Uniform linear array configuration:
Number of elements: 32
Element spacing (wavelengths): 1
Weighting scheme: exponential
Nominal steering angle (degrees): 0
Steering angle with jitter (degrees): -0.01246
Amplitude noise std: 0.05
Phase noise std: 0.05

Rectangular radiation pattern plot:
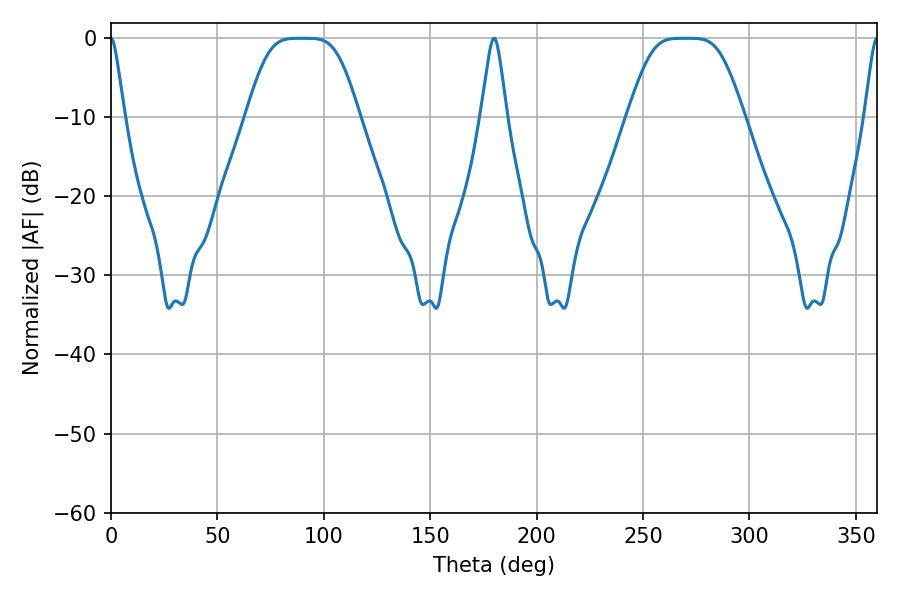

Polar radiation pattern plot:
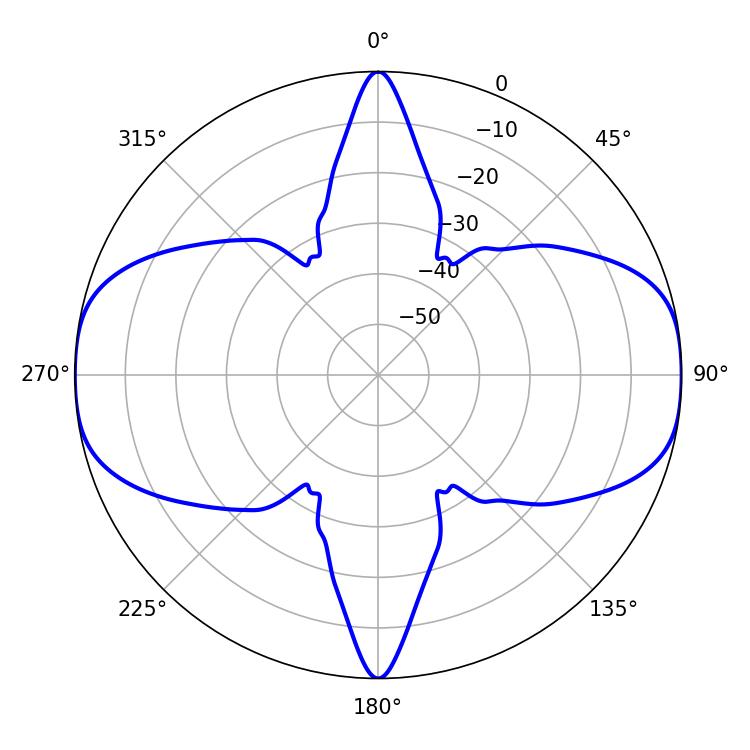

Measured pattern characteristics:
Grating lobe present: TRUE
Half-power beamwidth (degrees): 36.36
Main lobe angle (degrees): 89.64